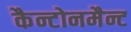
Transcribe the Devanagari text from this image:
कैन्टोनमैन्ट